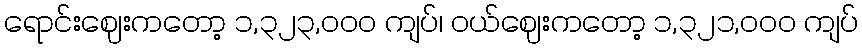
ရောင်းဈေးကတော့ ၁,၃၂၃,၀၀၀ ကျပ်၊ ဝယ်ဈေးကတော့ ၁,၃၂၁,၀၀၀ ကျပ်